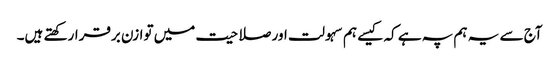
آج سے یہ ہم پہ ہے کہ کیسے ہم سہولت اور صلاحیت میں توازن برقرارکھتے ہیں۔